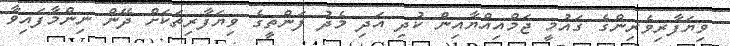
ވިޔަފާރިވެރިންގެ ގައުމީ ޖަމްއިއްޔާއިން ކުދި އަދި މެދު ފަންތީގެ ވިޔަފާރިތަކަށް ދޭން ނިންމާފައިވާ